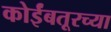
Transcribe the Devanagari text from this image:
कोईंबतूरच्या